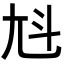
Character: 𡯏